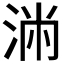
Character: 𰛷